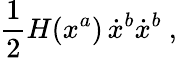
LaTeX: \frac{1}{2}H(x^{a})\, \dot{x}^{b}\dot{x}^{b}\ ,